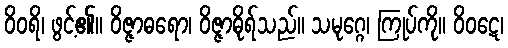
ဝိဝရိ၊ ဖွင့်၏။ ဝိဇ္ဇာဓရော၊ ဝိဇ္ဇာဓိုရ်သည်။ သမုဂ္ဂေ၊ ကြုပ်ကို။ ဝိဝဋေ၊